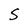
Character: S